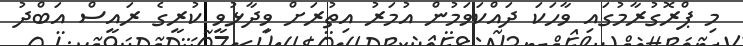
މި ޕްރޮގުރާމުގައި ވާހަކަ ދައްކަވަމުން އުމަރު އިތުރަށް ވިދާޅުވީ ކުރީގެ ރައީސް އަބްދު